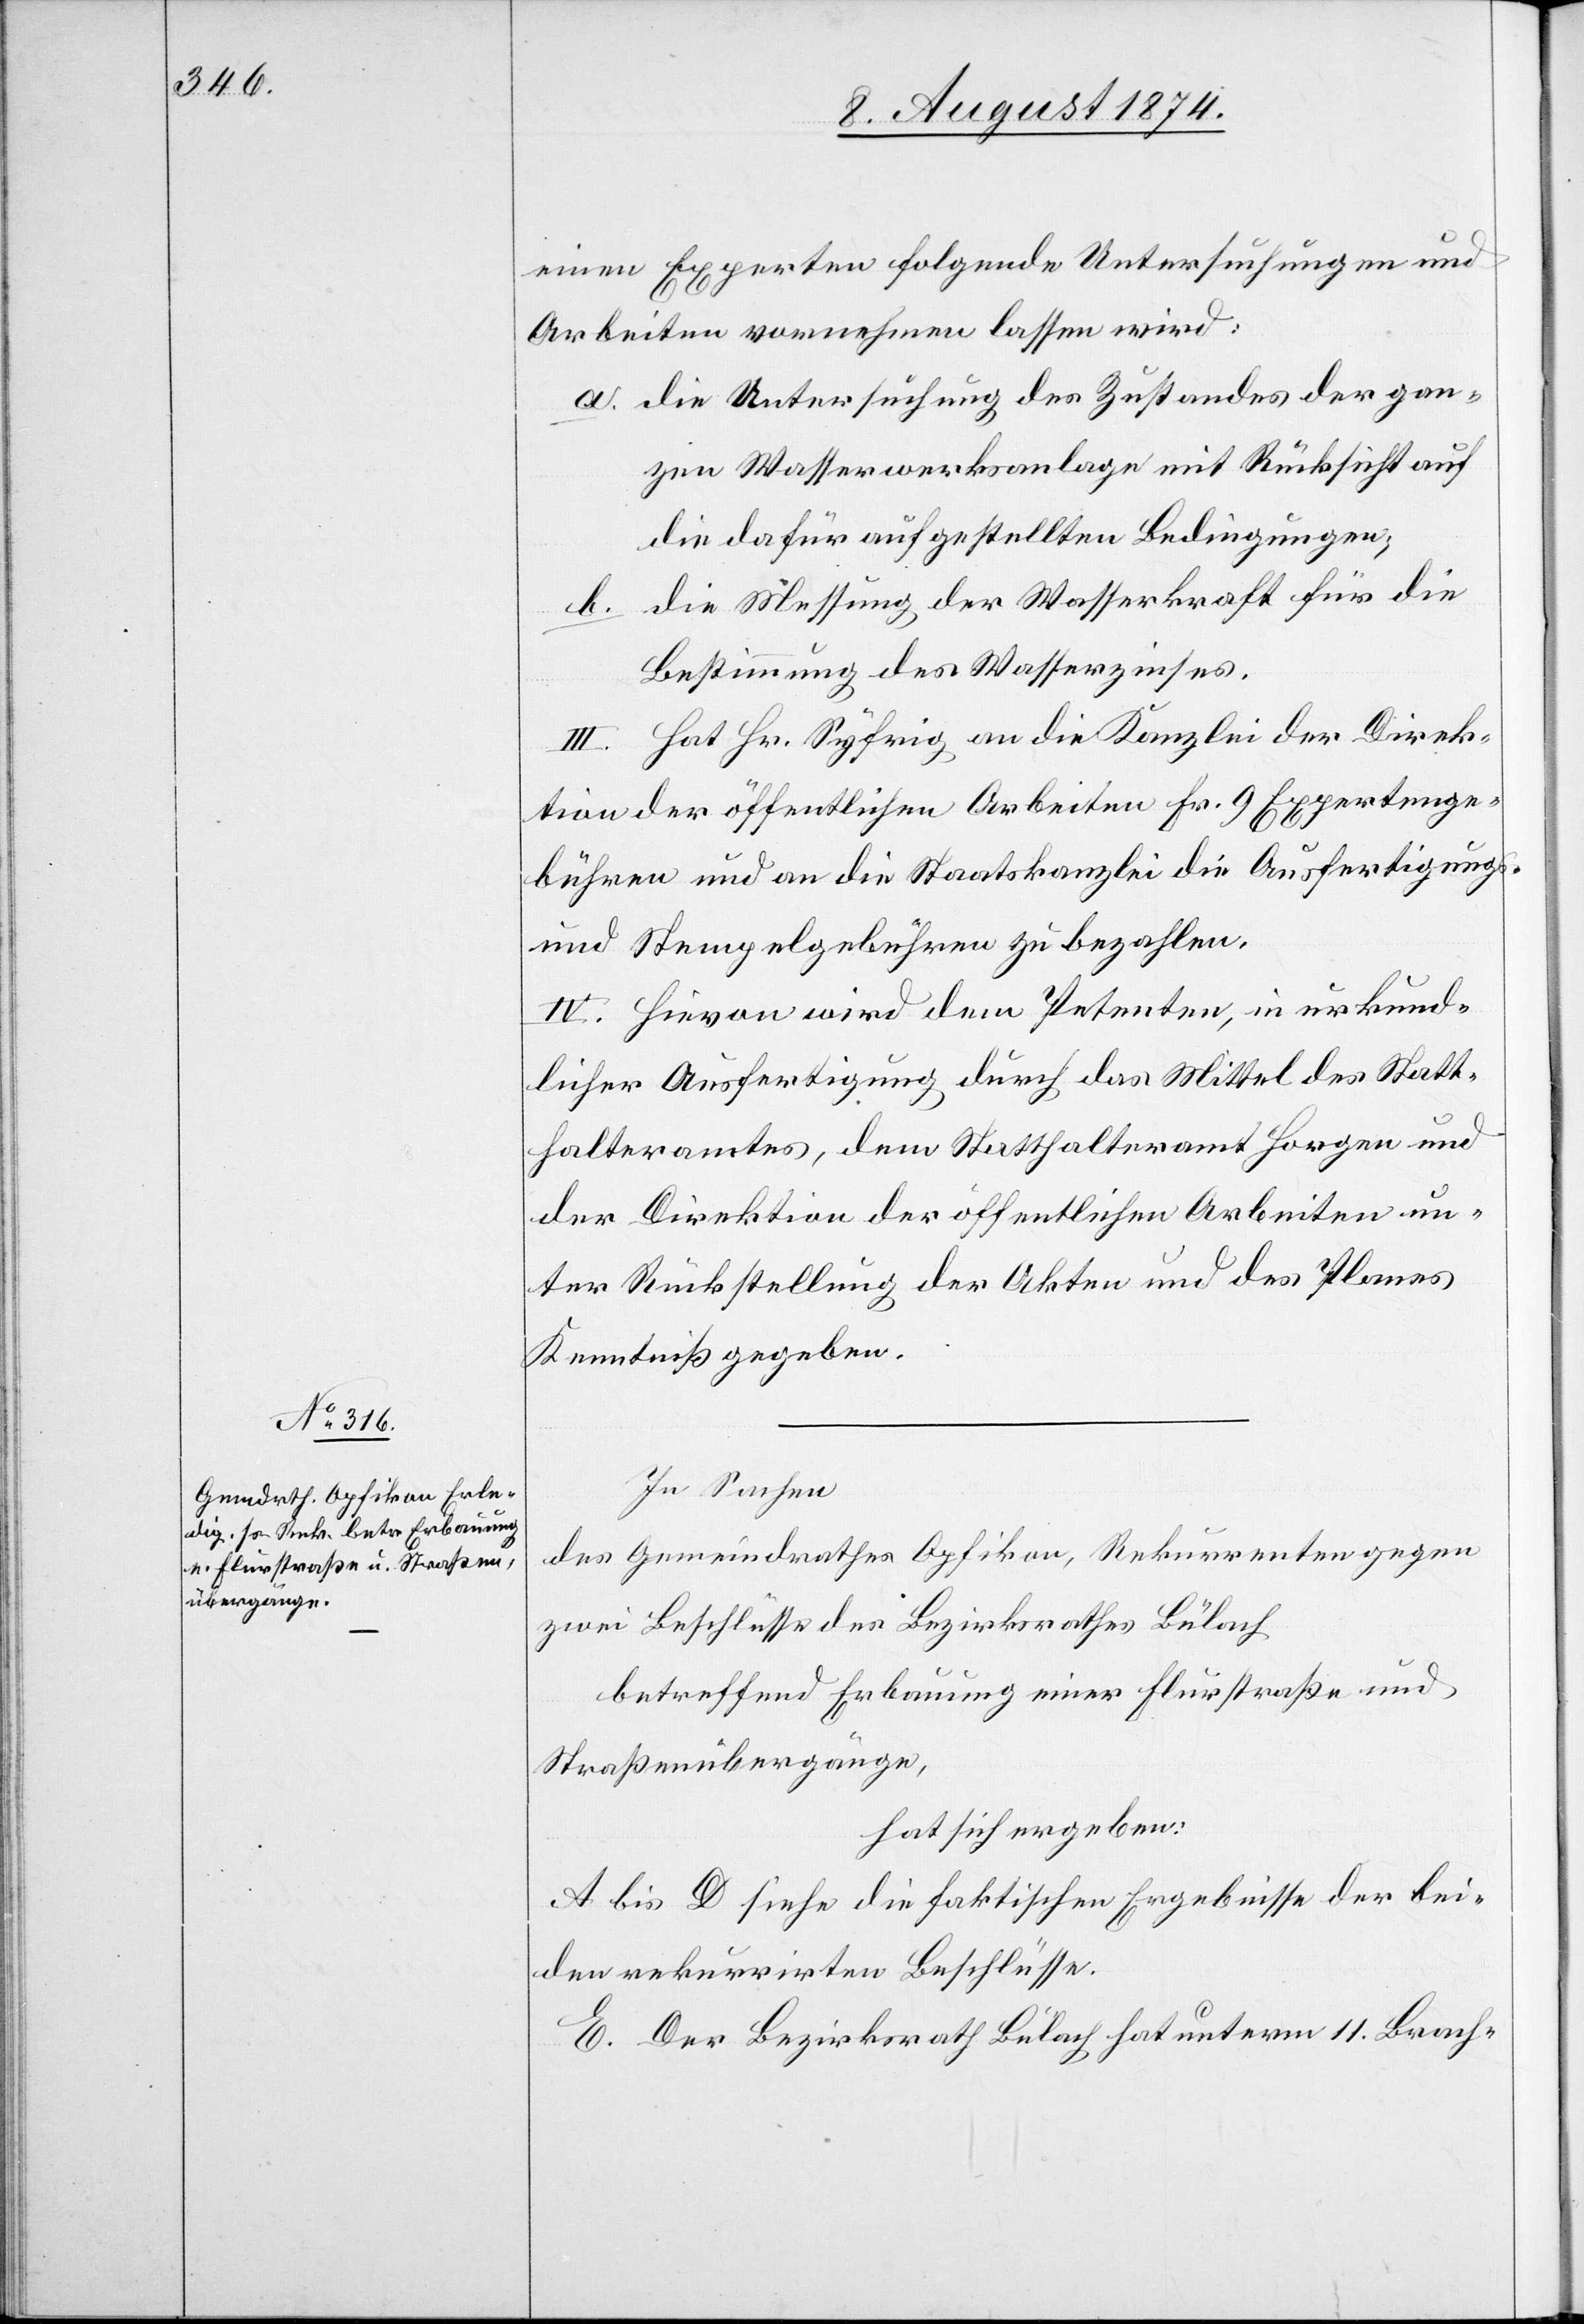
einen Experten folgende Untersuchungen und
Arbeiten vornehmen lassen wird:
a. die Untersuchung des Zustandes der gan¬
zen Wasserwerksanlage mit Rücksicht auf
die dafür aufgestellten Bedingungen;
die Messung der Wasserkraft für die
b.
Bestimmung des Wasserzinses.
III. Hat Hr. Syfrig an die Kanzlei der Direk¬
tion der öffentlichen Arbeiten Fr. 9 Expertenge¬
bühren und an die Staatskanzlei die Ausfertigungs-
und Stempelgebühren zu bezahlen.
IV. Hievon wird dem Petenten, in urkund¬
licher Ausfertigung durch das Mittel des Statt¬
halteramtes, dem Statthalteramt Horgen und
der Direktion der öffentlichen Arbeiten un¬
ter Rückstellung der Akten und des Planes
Kenntniß gegeben.
In Sachen
des Gemeindrathes Opfikon, Rekurrenten gegen
zwei Beschlüsse des Bezirksrathes Bülach
betreffend Erbauung einer Flurstraße und
Straßenübergänge,
hat sich ergeben:
A. bis D. siehe die faktischen Ergebnisse der bei¬
den rekurrirten Beschlüsse.
E. Der Bezirksrath Bülach hat unterm 11. Brach-